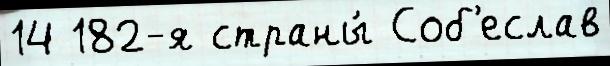
14 182-я страны́ Соб'еслав